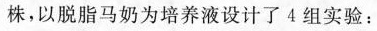
株，以脱脂马奶为培养液设计了4组实验：